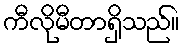
ကီလိုမီတာရှိသည်။